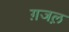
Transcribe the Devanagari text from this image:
ग़जल़